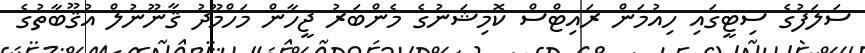
ސަލަފުގެ ސިޓީގައި ހިއުމަން ރައިޓްސް ކޮމިޝަނުގެ މެންބަރު ޖީހާން މަހްމޫދު ޤާނޫނުލް އުޤޫބާތުގެ